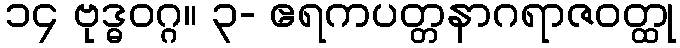
၁၄ ဗုဒ္ဓဝဂ္ဂ။ ၃- ဧရကပတ္တနာဂရာဇဝတ္ထု